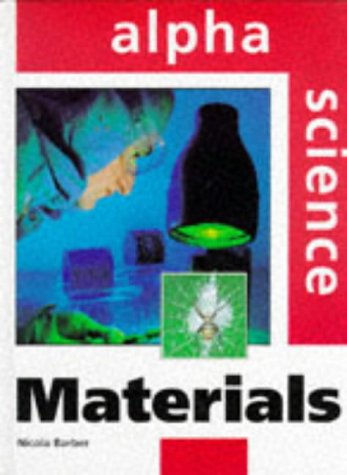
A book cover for Materials (Alpha Science Series); Nicola Barber; Teen & Young Adult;